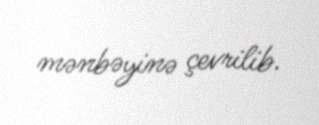
mənbəyinə çevrilib.